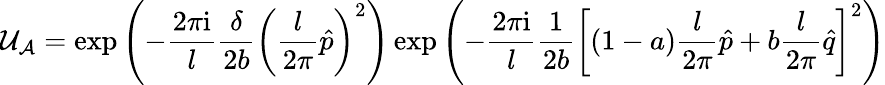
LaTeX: {\cal U}_{\cal A}=\exp\left(-\frac{2\pi{\mathrm i}}{l}\frac{\delta}{2b}\left(\frac{l}{2\pi}\hat{p}\right)^{2}\right)\exp\left(-\frac{2\pi{\mathrm i}}{l}\frac{1}{2b}\left[(1-a)\frac{l}{2\pi}\hat{p}+b\frac{l}{2\pi}\hat{q}\right]^{2}\right)